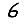
Digit: 6